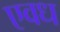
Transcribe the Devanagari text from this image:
एवध